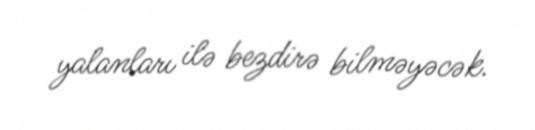
yalanları ilə bezdirə bilməyəcək.